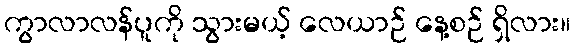
ကွာလာလန်ပူကို သွားမယ့် လေယာဉ် နေ့စဉ် ရှိလား။